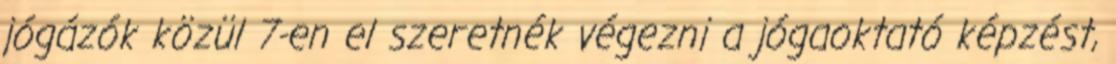
jógázók közül 7-en el szeretnék végezni a jógaoktató képzést,